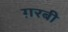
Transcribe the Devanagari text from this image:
ग़रबी